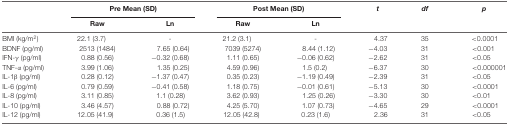
<table><thead><tr><td></td><td colspan="2"><b>Pre Mean (SD)</b></td><td colspan="2"><b>Post Mean (SD)</b></td><td><b><i>t</i></b></td><td><b><i>df</i></b></td><td><b><i>p</i></b></td></tr><tr><td></td><td><b>Raw</b></td><td><b>Ln</b></td><td><b>Raw</b></td><td><b>Ln</b></td><td></td><td></td><td></td></tr></thead><tbody><tr><td>BMI (kg/m<sup>2</sup>)</td><td>22.1 (3.7)</td><td>-</td><td>21.2 (3.1)</td><td>-</td><td>4.37</td><td>35</td><td>&lt;0.0001</td></tr><tr><td>BDNF (pg/ml)</td><td>2513 (1484)</td><td>7.65 (0.64)</td><td>7039 (5274)</td><td>8.44 (1.12)</td><td>−4.03</td><td>31</td><td>&lt;0.001</td></tr><tr><td>IFN-γ (pg/ml)</td><td>0.88 (0.56)</td><td>−0.32 (0.68)</td><td>1.11 (0.65)</td><td>−0.06 (0.62)</td><td>−2.62</td><td>31</td><td>&lt;0.05</td></tr><tr><td>TNF-α (pg/ml)</td><td>3.99 (1.06)</td><td>1.35 (0.25)</td><td>4.59 (0.96)</td><td>1.5 (0.2)</td><td>−6.37</td><td>30</td><td>&lt;0.000001</td></tr><tr><td>IL-1β (pg/ml)</td><td>0.28 (0.12)</td><td>−1.37 (0.47)</td><td>0.35 (0.23)</td><td>−1.19 (0.49)</td><td>−2.39</td><td>31</td><td>&lt;0.05</td></tr><tr><td>IL-6 (pg/ml)</td><td>0.79 (0.59)</td><td>−0.41 (0.58)</td><td>1.18 (0.75)</td><td>−0.01 (0.61)</td><td>−5.13</td><td>30</td><td>&lt;0.0001</td></tr><tr><td>IL-8 (pg/ml)</td><td>3.11 (0.85)</td><td>1.1 (0.28)</td><td>3.62 (0.93)</td><td>1.25 (0.26)</td><td>−3.30</td><td>30</td><td>&lt;0.01</td></tr><tr><td>IL-10 (pg/ml)</td><td>3.46 (4.57)</td><td>0.88 (0.72)</td><td>4.25 (5.70)</td><td>1.07 (0.73)</td><td>−4.65</td><td>29</td><td>&lt;0.0001</td></tr><tr><td>IL-12 (pg/ml)</td><td>12.05 (41.9)</td><td>0.36 (1.5)</td><td>12.05 (42.8)</td><td>0.23 (1.6)</td><td>2.36</td><td>31</td><td>&lt;0.05</td></tr></tbody></table>